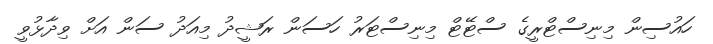
ހައުސިން މިނިސްޓްރީގެ ސްޓޭޓް މިނިސްޓަރު ހަސަން ރަޝީދު މިއަދު ސަން އަށް ވިދާޅުވީ